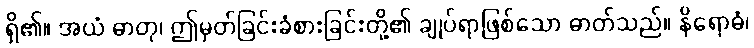
ရှိ၏။ အယံ ဓာတု၊ ဤမှတ်ခြင်းခံစားခြင်းတို့၏ ချုပ်ရာဖြစ်သော ဓာတ်သည်။ နိရောဓံ၊